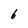
Character: 6